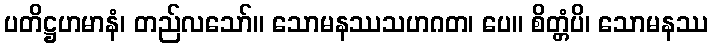
ပတိဋ္ဌဟမာနံ၊ တည်လသော်။ သောမနဿသဟဂတ၊ ပေ။ စိတ္တံပိ၊ သောမနဿ